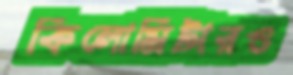
কিলোমিটারও